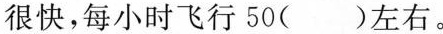
很快，每小时飞行50()左右。